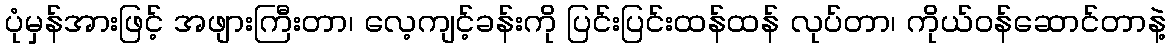
ပုံမှန်အားဖြင့် အဖျားကြီးတာ၊ လေ့ကျင့်ခန်းကို ပြင်းပြင်းထန်ထန် လုပ်တာ၊ ကိုယ်ဝန်ဆောင်တာနဲ့